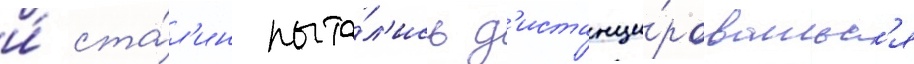
и́ ста́л'ин пыта́л'ись д'истанци́роватьс'я